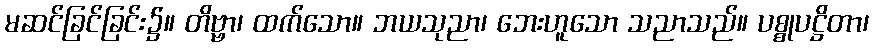
မဆင်ခြင်ခြင်း၌။ တိဗ္ဗာ၊ ထက်သော။ ဘယသုညာ၊ ဘေးဟူသော သညာသည်။ ပစ္စုပဋ္ဌိတာ၊